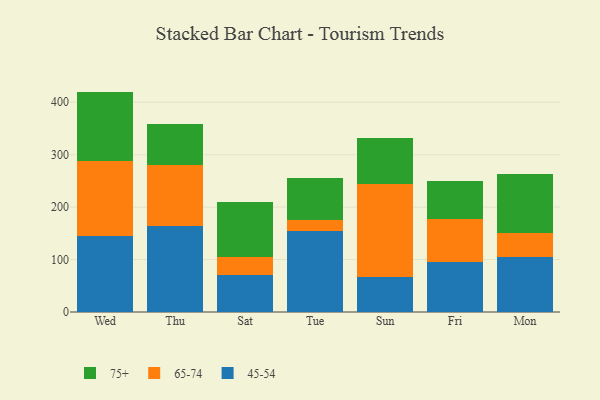
{"axis": {"x": "Day", "y": "Satisfaction Score"}, "legend": ["45-54", "65-74", "75+"], "data": [{"x": "Wed", "y": 144.4, "type": "45-54"}, {"x": "Wed", "y": 143.9, "type": "65-74"}, {"x": "Wed", "y": 131.9, "type": "75+"}, {"x": "Thu", "y": 163.3, "type": "45-54"}, {"x": "Thu", "y": 116.3, "type": "65-74"}, {"x": "Thu", "y": 79.0, "type": "75+"}, {"x": "Sat", "y": 69.8, "type": "45-54"}, {"x": "Sat", "y": 35.7, "type": "65-74"}, {"x": "Sat", "y": 103.7, "type": "75+"}, {"x": "Tue", "y": 154.9, "type": "45-54"}, {"x": "Tue", "y": 20.8, "type": "65-74"}, {"x": "Tue", "y": 79.5, "type": "75+"}, {"x": "Sun", "y": 65.8, "type": "45-54"}, {"x": "Sun", "y": 178.2, "type": "65-74"}, {"x": "Sun", "y": 87.7, "type": "75+"}, {"x": "Fri", "y": 96.1, "type": "45-54"}, {"x": "Fri", "y": 80.6, "type": "65-74"}, {"x": "Fri", "y": 73.4, "type": "75+"}, {"x": "Mon", "y": 104.8, "type": "45-54"}, {"x": "Mon", "y": 45.1, "type": "65-74"}, {"x": "Mon", "y": 112.9, "type": "75+"}]}